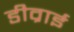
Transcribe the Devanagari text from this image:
डीव्राई